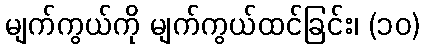
မျက်ကွယ်ကို မျက်ကွယ်ထင်ခြင်း၊ (၁၀)